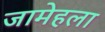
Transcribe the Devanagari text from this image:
जामेहला